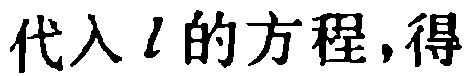
代入\(l\)的方程,得